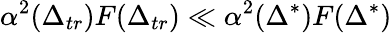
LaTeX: \alpha^{2}(\Delta_{tr})F(\Delta_{tr})\ll\alpha^{2}(\Delta^{*})F(\Delta^{*})